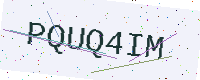
Text: PQUQ4IM